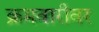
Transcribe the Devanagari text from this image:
क्रमवारीवर